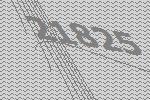
21825